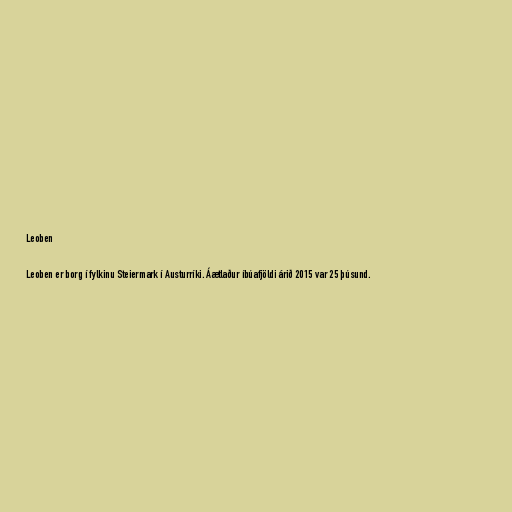
Leoben

Leoben er borg í fylkinu Steiermark í Austurríki. Áætlaður íbúafjöldi árið 2015 var 25 þúsund.